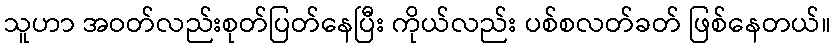
သူဟာ အဝတ်လည်းစုတ်ပြတ်နေပြီး ကိုယ်လည်း ပစ်စလတ်ခတ် ဖြစ်နေတယ်။